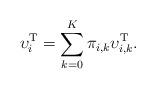
LaTeX: \begin{align*}\upsilon^\textrm{T}_i = \sum\limits_{k=0}^{K}\pi_{i,k}\upsilon^\textrm{T}_{i,k}.\end{align*}